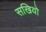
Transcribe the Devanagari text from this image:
सखियो